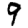
Digit: 9